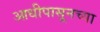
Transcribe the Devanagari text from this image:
आधीपासूनच्या